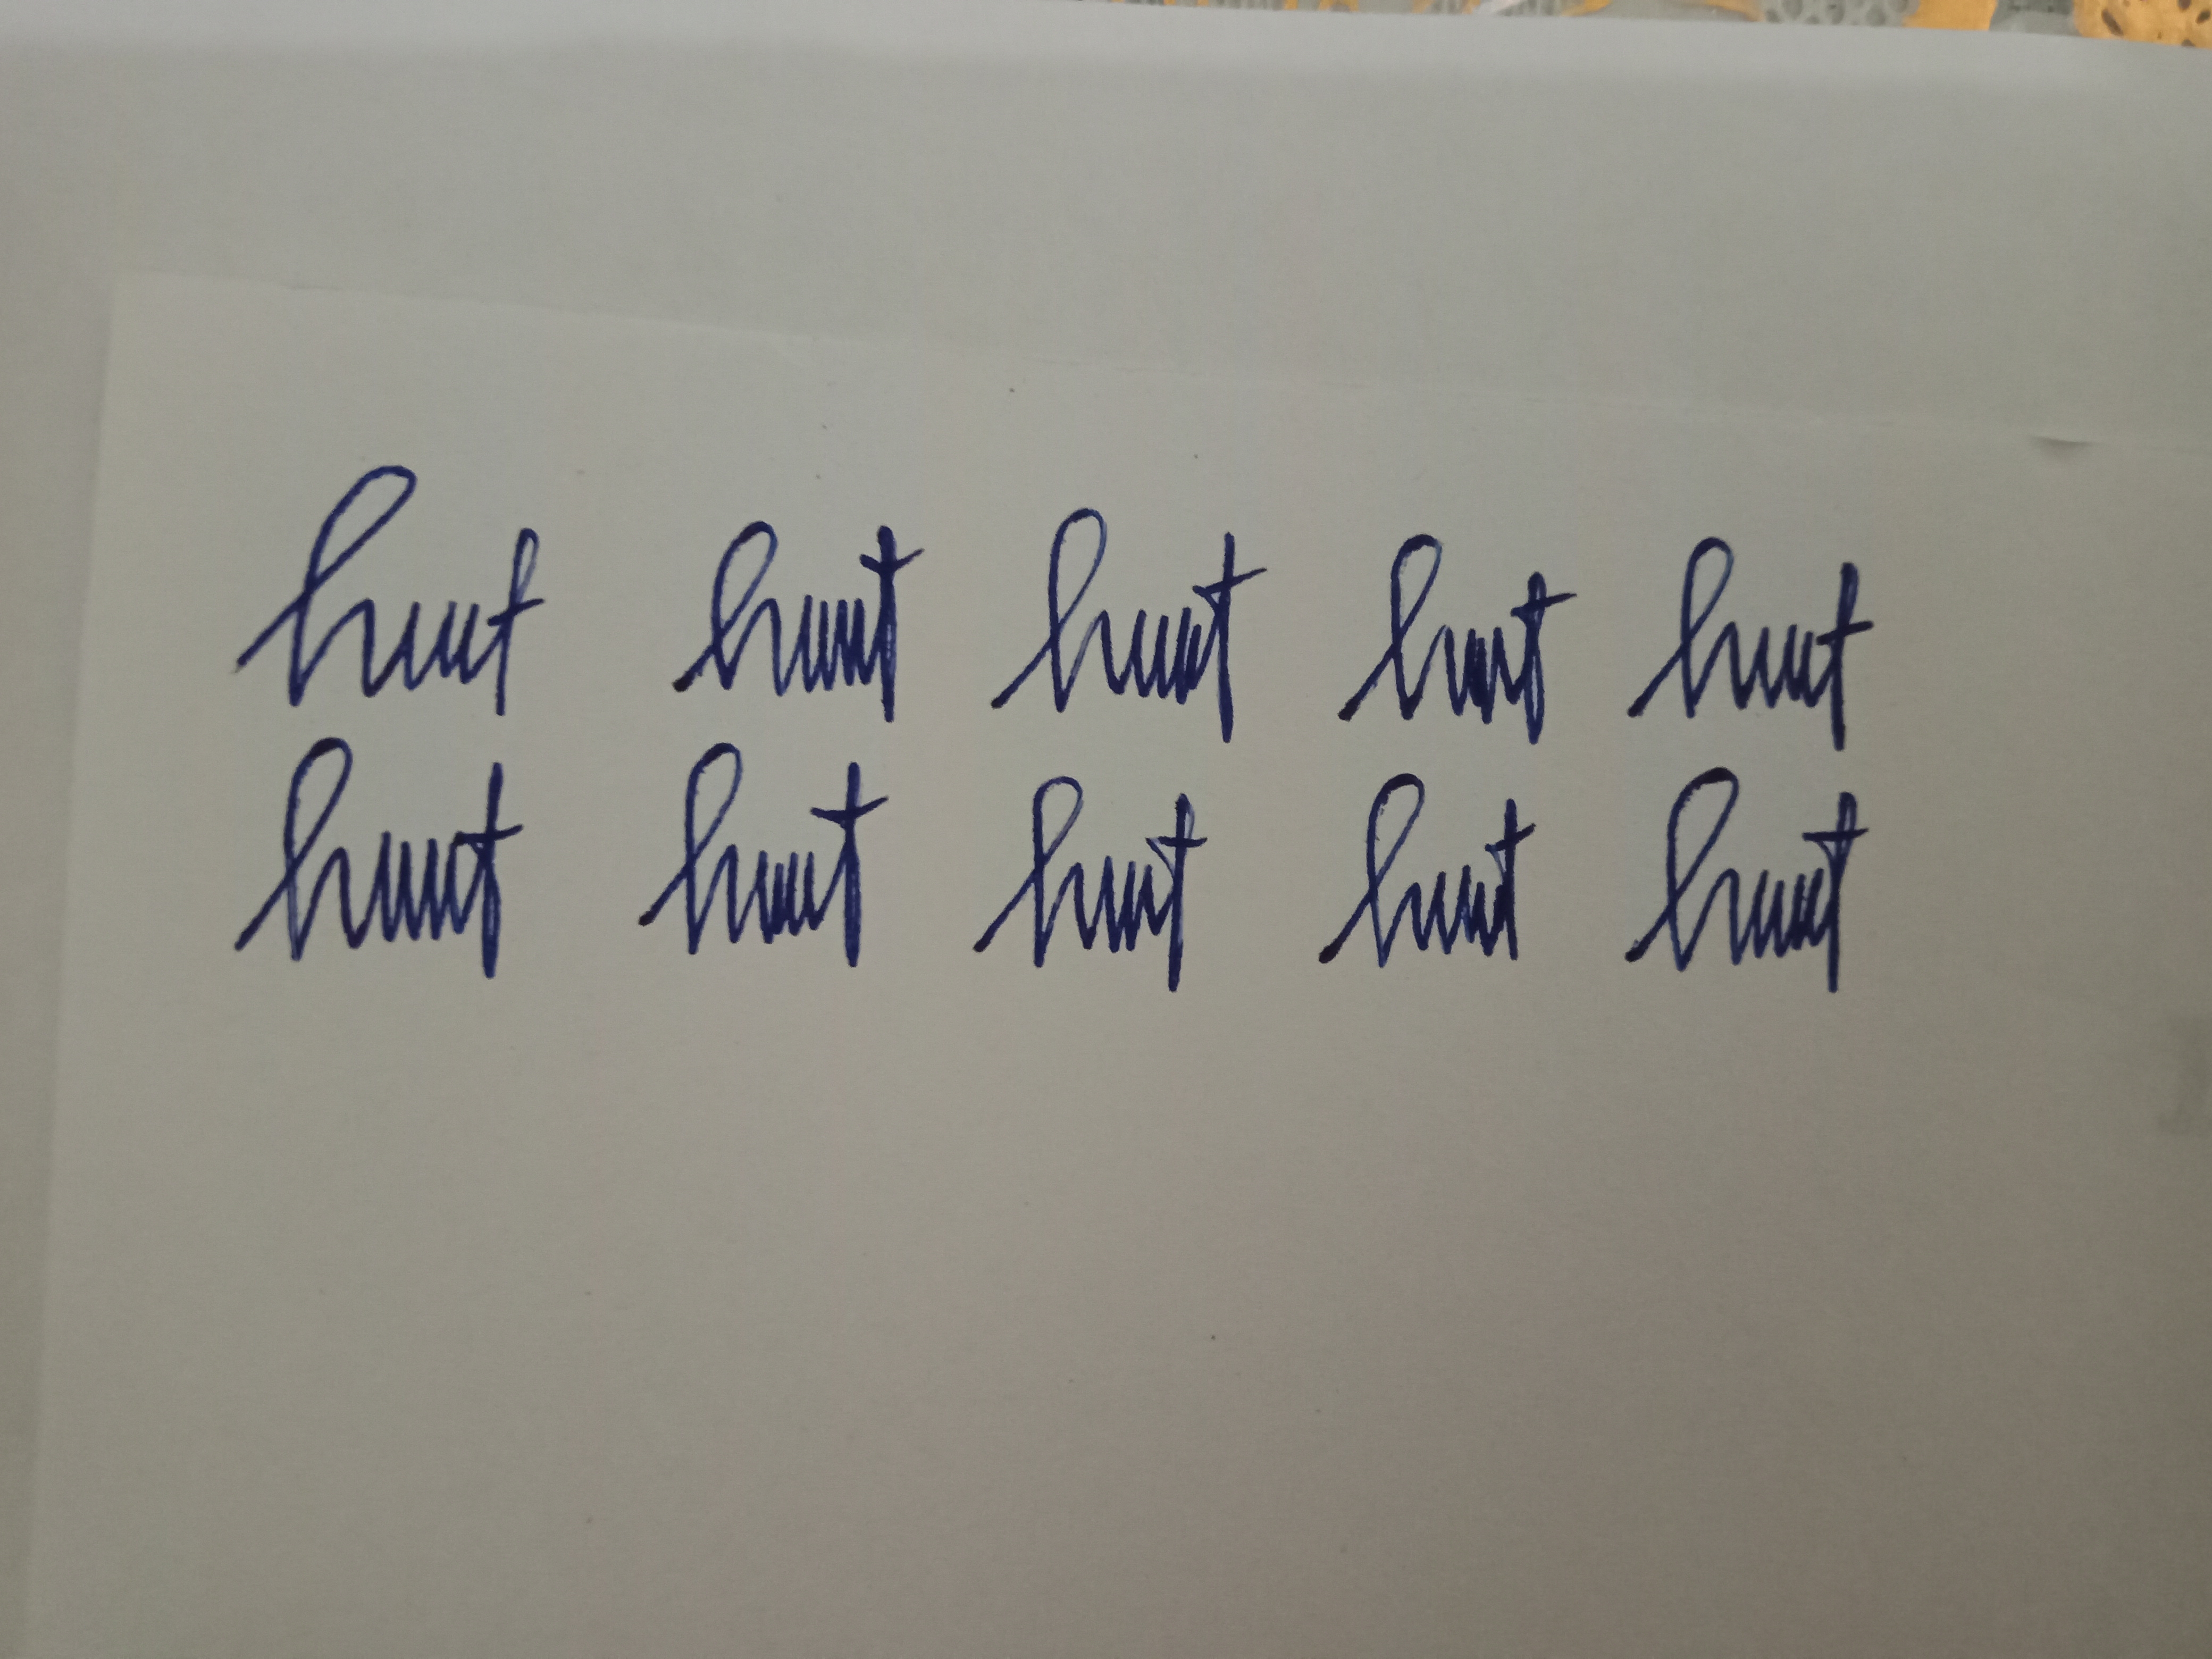
Signature authenticity: genuine